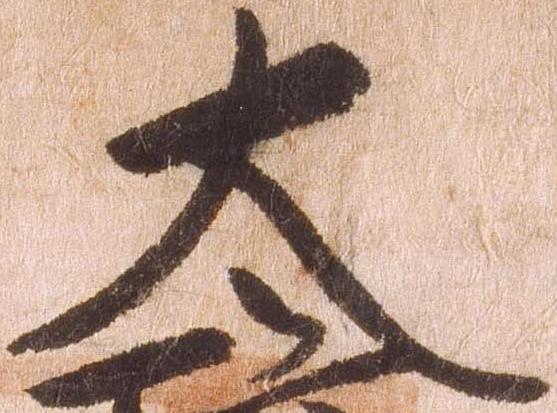
太